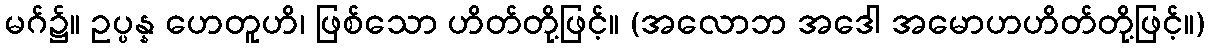
မဂ်၌။ ဥပ္ပန္န ဟေတူဟိ၊ ဖြစ်သော ဟိတ်တို့ဖြင့်။ (အလောဘ အဒေါ အမောဟဟိတ်တို့ဖြင့်။)